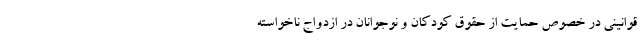
قوانینی در خصوص حمایت از حقوق کودکان و نوجوانان در ازدواج ناخواسته